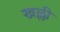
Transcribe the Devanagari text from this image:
खल्ली